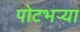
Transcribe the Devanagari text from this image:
पोटभऱ्या